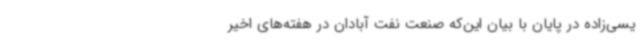
یسی‌زاده در پایان با بیان این‌که صنعت نفت آبادان در هفته‌های اخیر